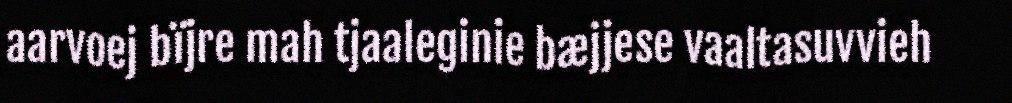
aarvoej bïjre mah tjaaleginie bæjjese vaaltasuvvieh